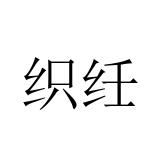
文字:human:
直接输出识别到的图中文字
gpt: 织纴